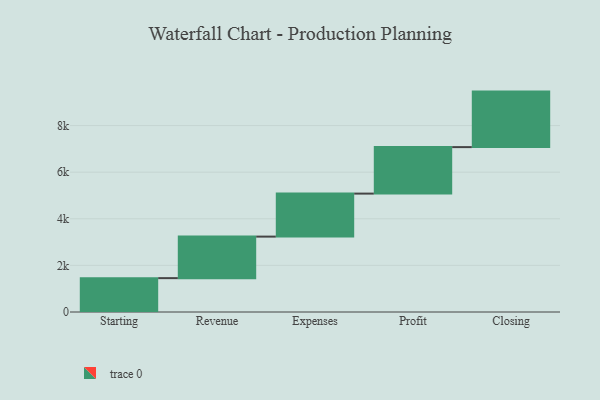
{"axis": {"x": "Step", "y": "Value"}, "legend": [""], "data": [{"x": "Starting", "y": 1453.0, "type": ""}, {"x": "Revenue", "y": 1782.0, "type": ""}, {"x": "Expenses", "y": 1846.0, "type": ""}, {"x": "Profit", "y": 1995.0, "type": ""}, {"x": "Closing", "y": 2382.0, "type": ""}]}